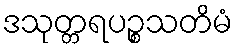
ဒသုတ္တရပဉ္စသတိမံ